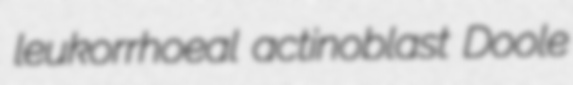
leukorrhoeal actinoblast Doole